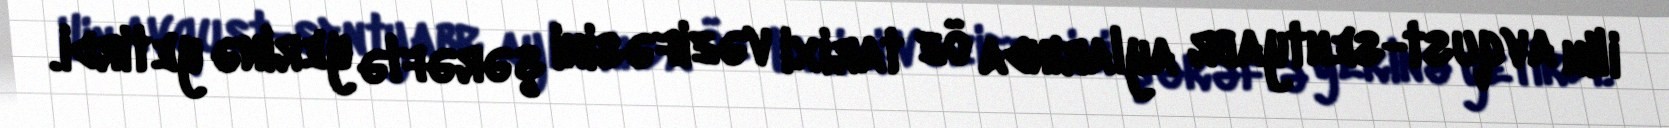
ilin avqust-sentyabr aylarında öz tarixi vəzifəsini şərəflə yerinə yetirdi.